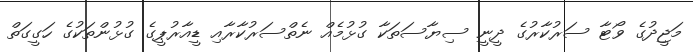
މަޖީދުގެ ވޯޓާ ސަރުކާރުގެ ދީނީ ސިޔާސަތަކާ ގުޅުމެއް ނެތްސަރުކާރާއި ޑީއާރުޕީގެ ގުޅުންތަކުގެ ހަގީގަތް